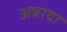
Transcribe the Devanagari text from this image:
अन्नादा